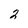
Character: 2